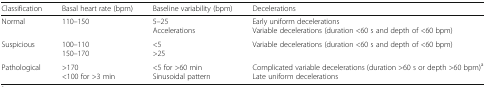
<table><thead><tr><td><b>Classification</b></td><td><b>Basal heart rate (bpm)</b></td><td><b>Baseline variability (bpm)</b></td><td><b>Decelerations</b></td></tr></thead><tbody><tr><td>Normal</td><td>110–150</td><td>5–25Accelerations</td><td>Early uniform decelerationsVariable decelerations (duration &lt;60 s and depth of &lt;60 bpm)</td></tr><tr><td>Suspicious</td><td>100–110150–170</td><td>&lt;5&gt;25</td><td>Variable decelerations (duration &lt;60 s and depth of &lt;60 bpm)</td></tr><tr><td>Pathological</td><td>&gt;170&lt;100 for &gt;3 min</td><td>&lt;5 for &gt;60 minSinusoidal pattern</td><td>Complicated variable decelerations (duration &gt;60 s or depth &gt;60 bpm)<sup>a</sup>Late uniform decelerations</td></tr></tbody></table>